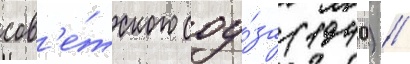
сов'е́тского соу́за (1940) //